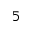
5